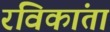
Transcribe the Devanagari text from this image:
रविकांता